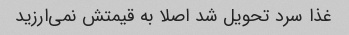
غذا سرد تحویل شد اصلا به قیمتش نمی‌ارزید